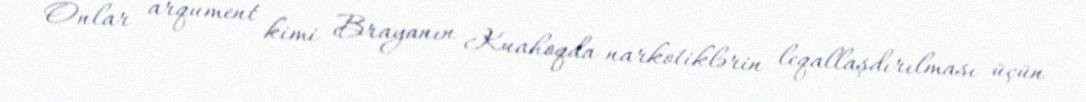
Onlar arqument kimi Brayanın Kuahoqda narkotiklərin leqallaşdırılması üçün